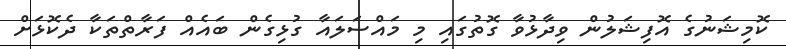
ކޮމިޝަނުގެ އޮފިޝަލުން ވިދާޅުވާ ގޮތުގައި މި މައްސަލައާ ގުޅިގެން ބައެއް ފަރާތްތަކާ ދެކޮޅަށް